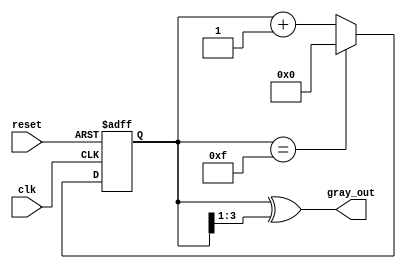
module gray_code_counter #(parameter n = 4) (
    input wire clk,
    input wire reset,
    output reg [n-1:0] gray_out
);

    reg [n-1:0] binary_count;

    // Function to convert binary to Gray code
    function [n-1:0] binary_to_gray;
        input [n-1:0] binary;
        begin
            binary_to_gray = binary ^ (binary >> 1);
        end
    endfunction

    // Sequential logic for the counter
    always @(posedge clk or posedge reset) begin
        if (reset) begin
            binary_count <= 0; // Initialize binary count to 0
        end else begin
            binary_count <= binary_count + 1; // Increment binary count
            if (binary_count == (1 << n) - 1) begin
                binary_count <= 0; // Wrap around after max value
            end
        end
    end

    // Update gray_out on every clock cycle
    always @(binary_count) begin
        gray_out <= binary_to_gray(binary_count); // Convert binary to Gray code
    end

endmodule